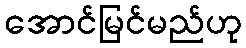
အောင်မြင်မည်ဟု